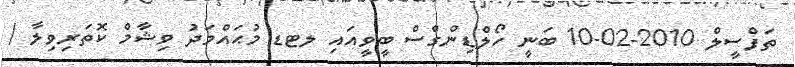
ތަފްސީލް 2010-02-10 ބަނީ ހޯލްޑިންގްސް ބީވީއައި ލޓޑ މުޙައްމަދު ވިޝާމް ކޮތަރިވިލާ /